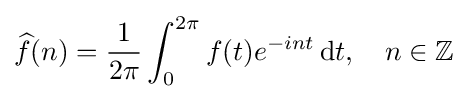
{\widehat {f}}(n)={\frac {1}{2\pi }}\int _{0}^{2\pi }f(t)e^{-int}\,\mathrm {d} t,\quad n\in \mathbb {Z}